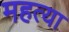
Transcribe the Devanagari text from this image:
महत्या